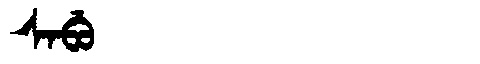
Manchu: ᠰᠠᠪᡠ
Romanization: SABU